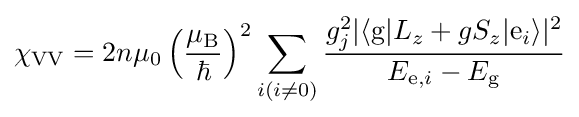
\chi _{\rm {VV}}=2n\mu _{0}\left({\frac {\mu _{\rm {B}}}{\hbar }}\right)^{2}\sum _{i(i\neq 0)}{\frac {g_{j}^{2}|\langle \mathrm {g} |L_{z}+gS_{z}|\mathrm {e} _{i}\rangle |^{2}}{E_{\mathrm {e} ,i}-E_{\rm {g}}}}